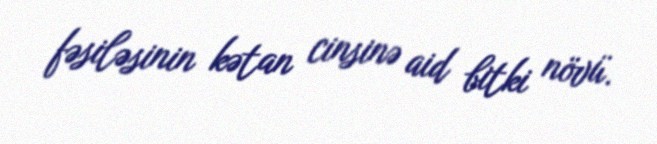
fəsiləsinin kətan cinsinə aid bitki növü.